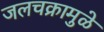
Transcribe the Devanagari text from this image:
जलचक्रामुळे